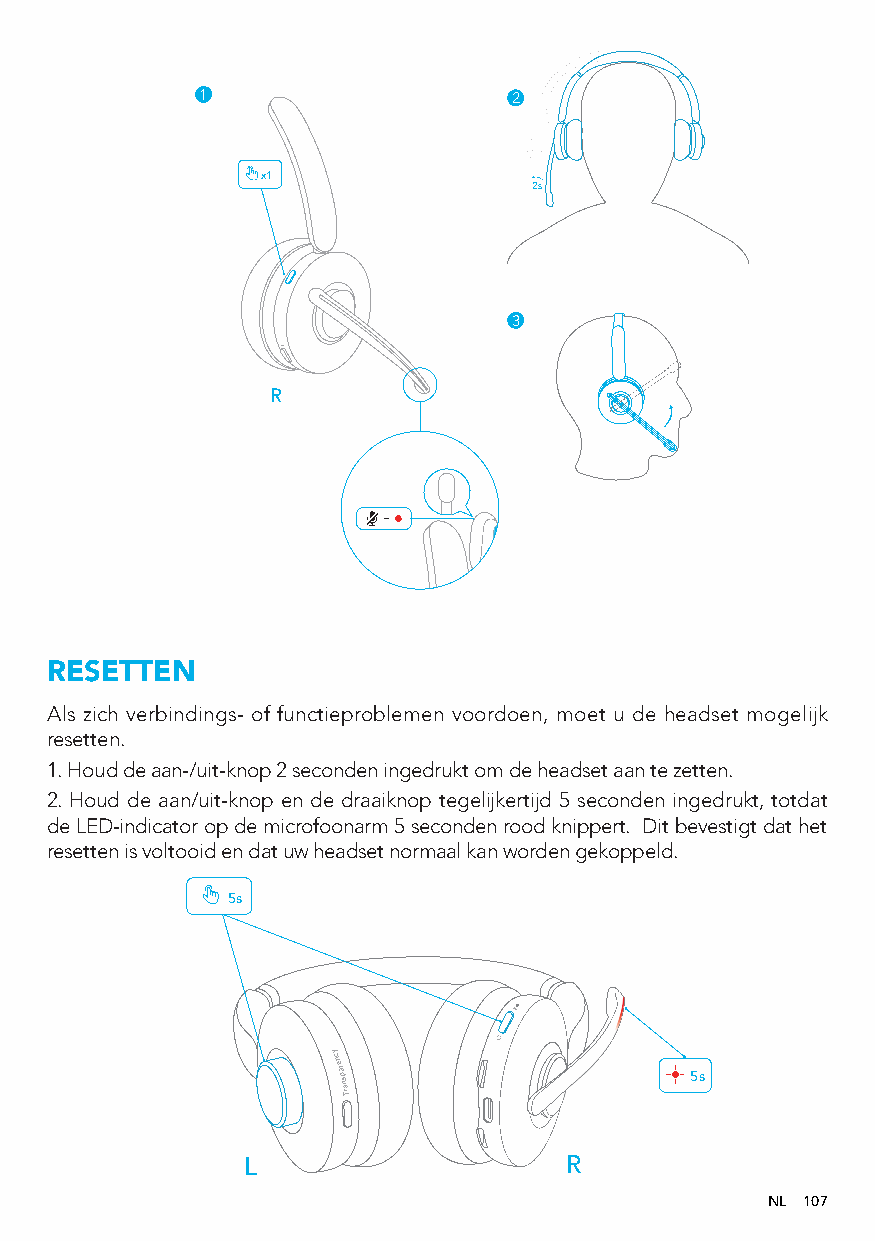
1                    2
 x1
 2s
 3
 R
 RESETTEN
 Als zich verbindings- of functieproblemen voordoen, moet u de headset mogelijk
 resetten.
 1. Houd de aan-/uit-knop 2 seconden ingedrukt om de headset aan te zetten.
 2. Houd de aan/uit-knop en de draaiknop tegelijkertijd 5 seconden ingedrukt, totdat
 de LED-indicator op de microfoonarm 5 seconden rood knippert. Dit bevestigt dat het
 resetten is voltooid en dat uw headset normaal kan worden gekoppeld.
 5s
 ycnerapsnarT
 5s
 L                    R
 NL 107